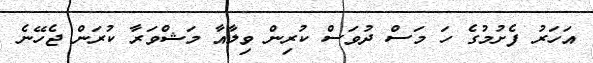
އަހަރު ފެށުމުގެ ހަ މަސް ދުވަސް ކުރިން ވިލާއާ މަޝްވަރާ ކުރަން ޖެހޭނެ